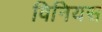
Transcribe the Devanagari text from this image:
विनियस